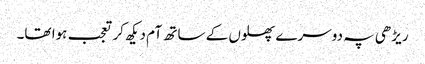
ریڑھی پہ دوسرے پھلوں کے ساتھ آم دیکھ کر تعجب ہوا تھا۔